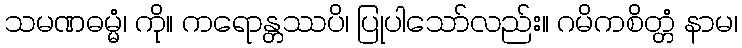
သမဏဓမ္မံ၊ ကို။ ကရောန္တဿပိ၊ ပြုပါသော်လည်း။ ဂမိကစိတ္တံ နာမ၊